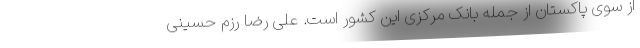
از سوی پاکستان از جمله بانک مرکزی این کشور است. علی رضا رزم حسینی